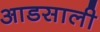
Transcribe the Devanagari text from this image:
आडसाली